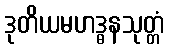
ဒုတိယမဟဒ္ဓနသုတ္တံ